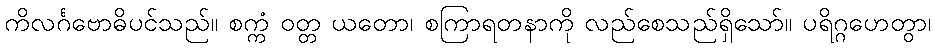
ကိလင်္ဂဗောဓိပင်သည်။ စက္ကံ ဝတ္တ ယတော၊ စကြာရတနာကို လည်စေသည်ရှိသော်။ ပရိဂ္ဂဟေတွာ၊